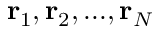
{ \bf r } _ { 1 } , { \bf r } _ { 2 } , . . . , { \bf r } _ { N }